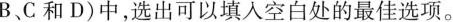
B、C和D)中,选出可以填人空白处的最佳选项.